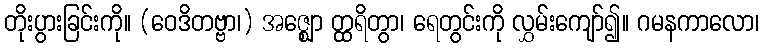
တိုးပွားခြင်းကို။ (ဝေဒိတဗ္ဗာ၊) အဇ္ဈော တ္ထရိတွာ၊ ရေတွင်းကို လွှမ်းကျော်၍။ ဂမနကာလော၊